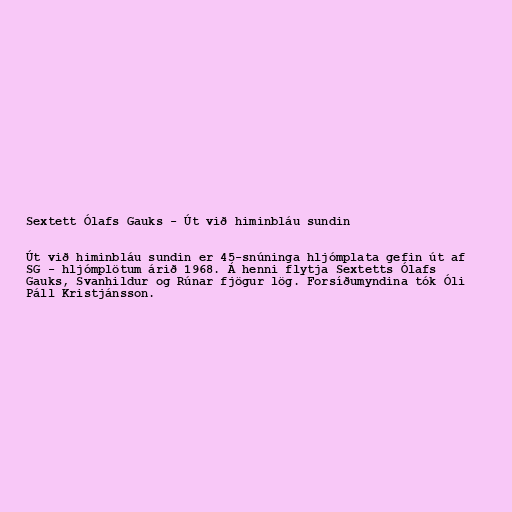
Sextett Ólafs Gauks - Út við himinbláu sundin

Út við himinbláu sundin er 45-snúninga hljómplata gefin út af
SG - hljómplötum árið 1968. Á henni flytja Sextetts Ólafs
Gauks, Svanhildur og Rúnar fjögur lög. Forsíðumyndina tók Óli
Páll Kristjánsson.